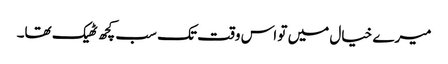
میرے خیال میں تو اس وقت تک سب کچھ ٹھیک تھا۔